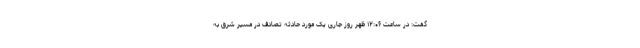
گفت: در ساعت ۱۲:۰۶ ظهر روز جاری یک مورد حادثه تصادف در مسیر شرق به